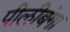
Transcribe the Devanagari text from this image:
पीलीबंगा